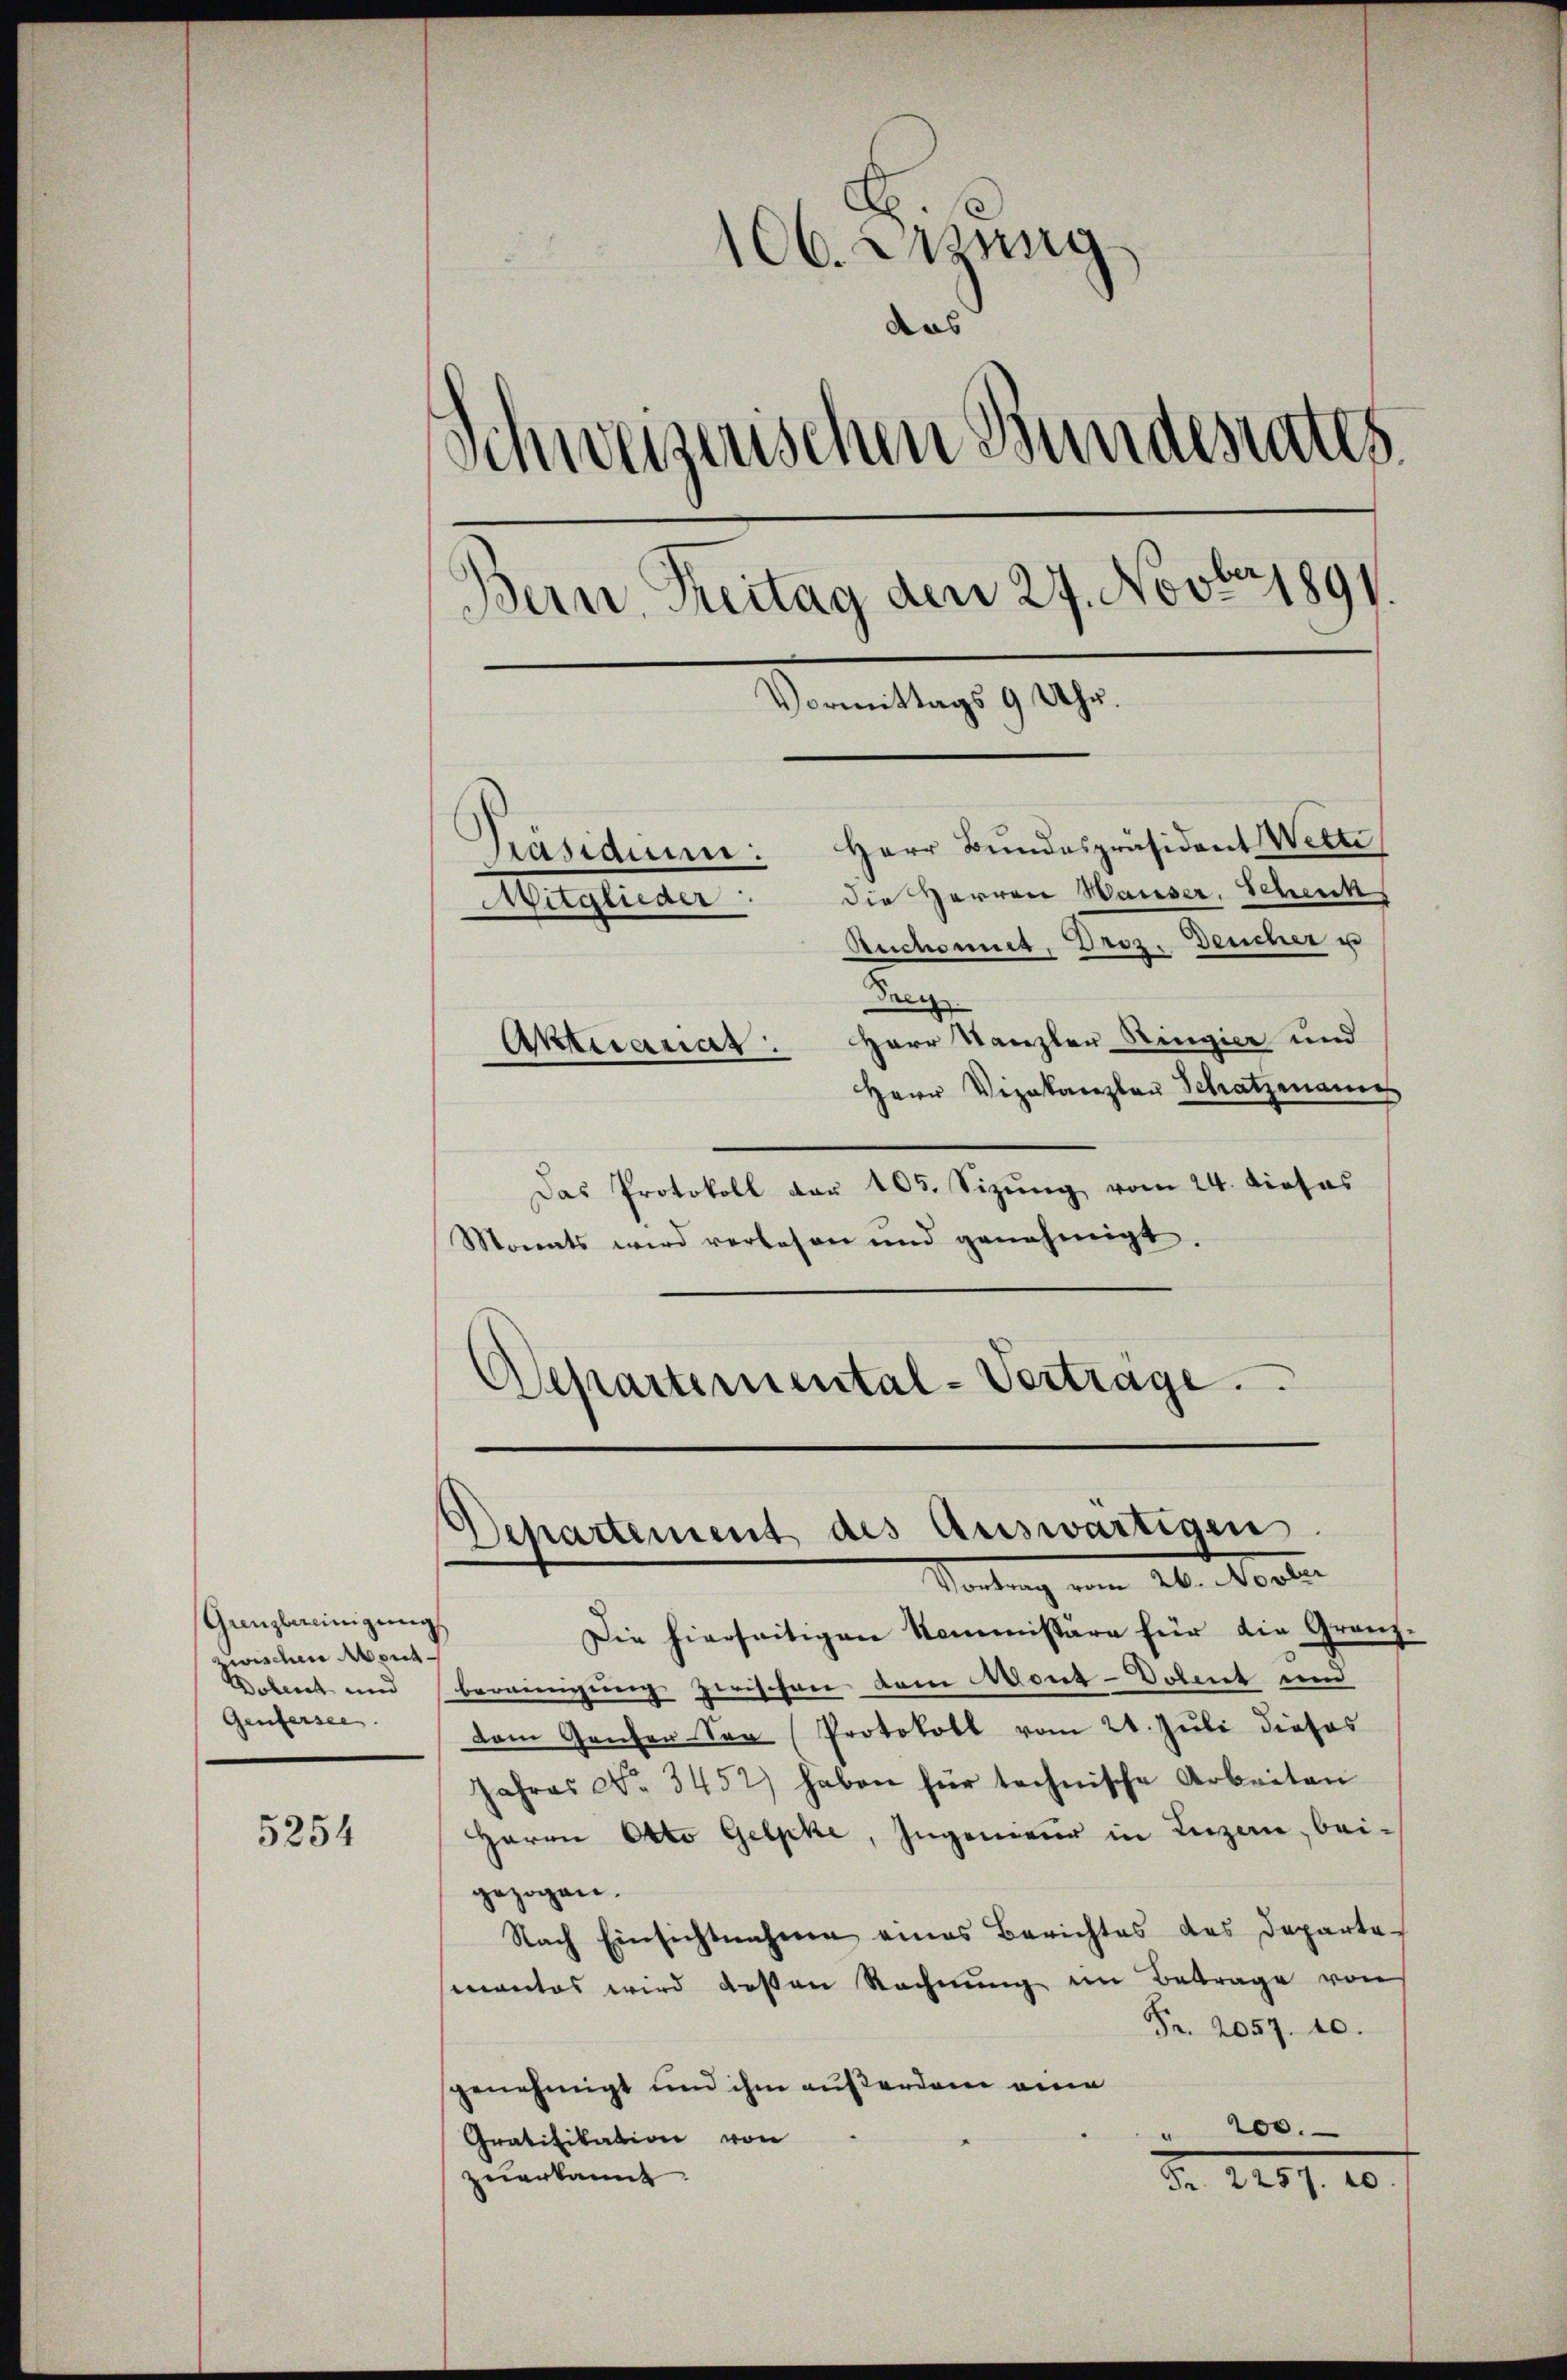
Ganzbereinigung
wischen Abent¬
Dolent und
Genfersee.

5254

106. Wang
das
Schweizerischen Bundesrates
Bern, Treitag den 27. Novber 1891
Vormittags 9 Uhr.

Präsidium: Herr Bundespräsident Wette
Mitglieder die Herren Hauser. Schenk
Ruchonnet, Droz. Deucher u
Drey
Aktuanat: Herr Kanzler Ringier und
Herr Vizekanzler Schatzmanns
Das Protokoll der 105. Sizung vom 24. dieses
Monats wird verlesen und genehmigt.
Departemental-Verträge.

Departement des Auswärtigen
Vortrag vom 26. Marti

Die hierseitigen Kommissäre für die Granz-
bereinigung zwischen dem Mont-Dolent und
dem Ganzen Soo (Protokoll vom 24. Juli dieses
Jahres No 3452) haben für technische Arbeiten
Herrn Otto Gelpke, Ingenieur in Luzern, beigezogen.
Nach Einsichtnahme eines Berichtes des Departe-
mantes wird deßen Rechnung im Betrage von
Fr. 2057. 10.
genehmigt und ihm außerden eine
200.
e
Gratifikation von
zuerkannt.
Fr. 2257. 20